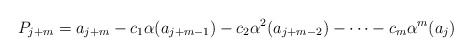
\begin{align*}P_{j+m} = a_{j+m} - c_1\alpha(a_{j+m-1}) - c_2\alpha^2(a_{j+m-2}) - \dots - c_m\alpha^m(a_j)\end{align*}